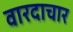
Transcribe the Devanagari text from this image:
वारदाचार